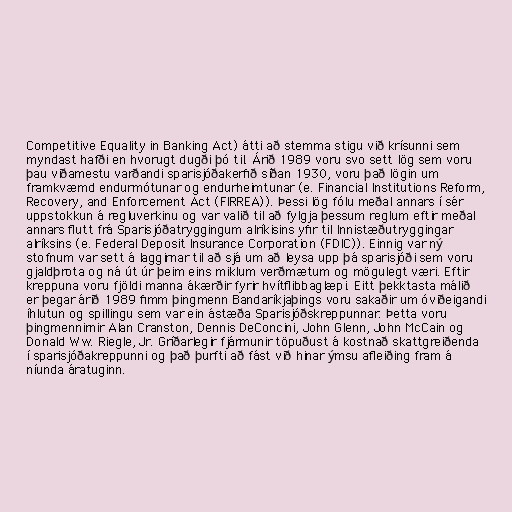
Competitive Equality in Banking Act) átti að stemma stigu við krísunni sem
myndast hafði en hvorugt dugði þó til. Árið 1989 voru svo sett lög sem voru
þau viðamestu varðandi sparisjóðakerfið síðan 1930, voru það lögin um
framkvæmd endurmótunar og endurheimtunar (e. Financial Institutions Reform,
Recovery, and Enforcement Act (FIRREA)). Þessi lög fólu meðal annars í sér
uppstokkun á regluverkinu og var valið til að fylgja þessum reglum eftir meðal
annars flutt frá Sparisjóðatryggingum alríkisins yfir til Innistæðutryggingar
alríksins (e. Federal Deposit Insurance Corporation (FDIC)). Einnig var ný
stofnum var sett á laggirnar til að sjá um að leysa upp þá sparisjóði sem voru
gjaldþrota og ná út úr þeim eins miklum verðmætum og mögulegt væri. Eftir
kreppuna voru fjöldi manna ákærðir fyrir hvítflibbaglæpi. Eitt þekktasta málið
er þegar árið 1989 fimm þingmenn Bandaríkjaþings voru sakaðir um óviðeigandi
íhlutun og spillingu sem var ein ástæða Sparisjóðskreppunnar. Þetta voru
þingmennirnir Alan Cranston, Dennis DeConcini, John Glenn, John McCain og
Donald Ww. Riegle, Jr. Gríðarlegir fjármunir töpuðust á kostnað skattgreiðenda
í sparisjóðakreppunni og það þurfti að fást við hinar ýmsu afleiðing fram á
níunda áratuginn.